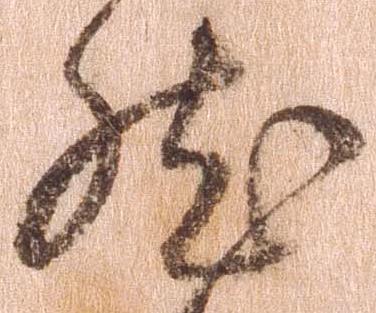
然